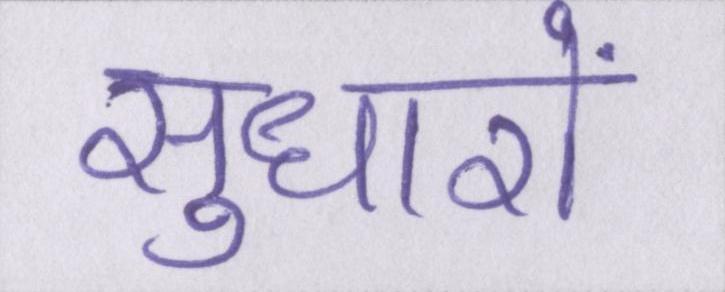
सुधारों